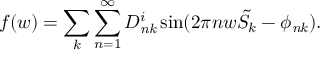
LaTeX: f ( w ) = \sum _ { k } \sum _ { n = 1 } ^ { \infty } D _ { \it { n k } } ^ { i } \sin ( 2 \pi n w { \tilde { S _ { k } } } - \phi _ { \it { n k } } ) .